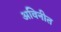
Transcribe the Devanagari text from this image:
अविनीत